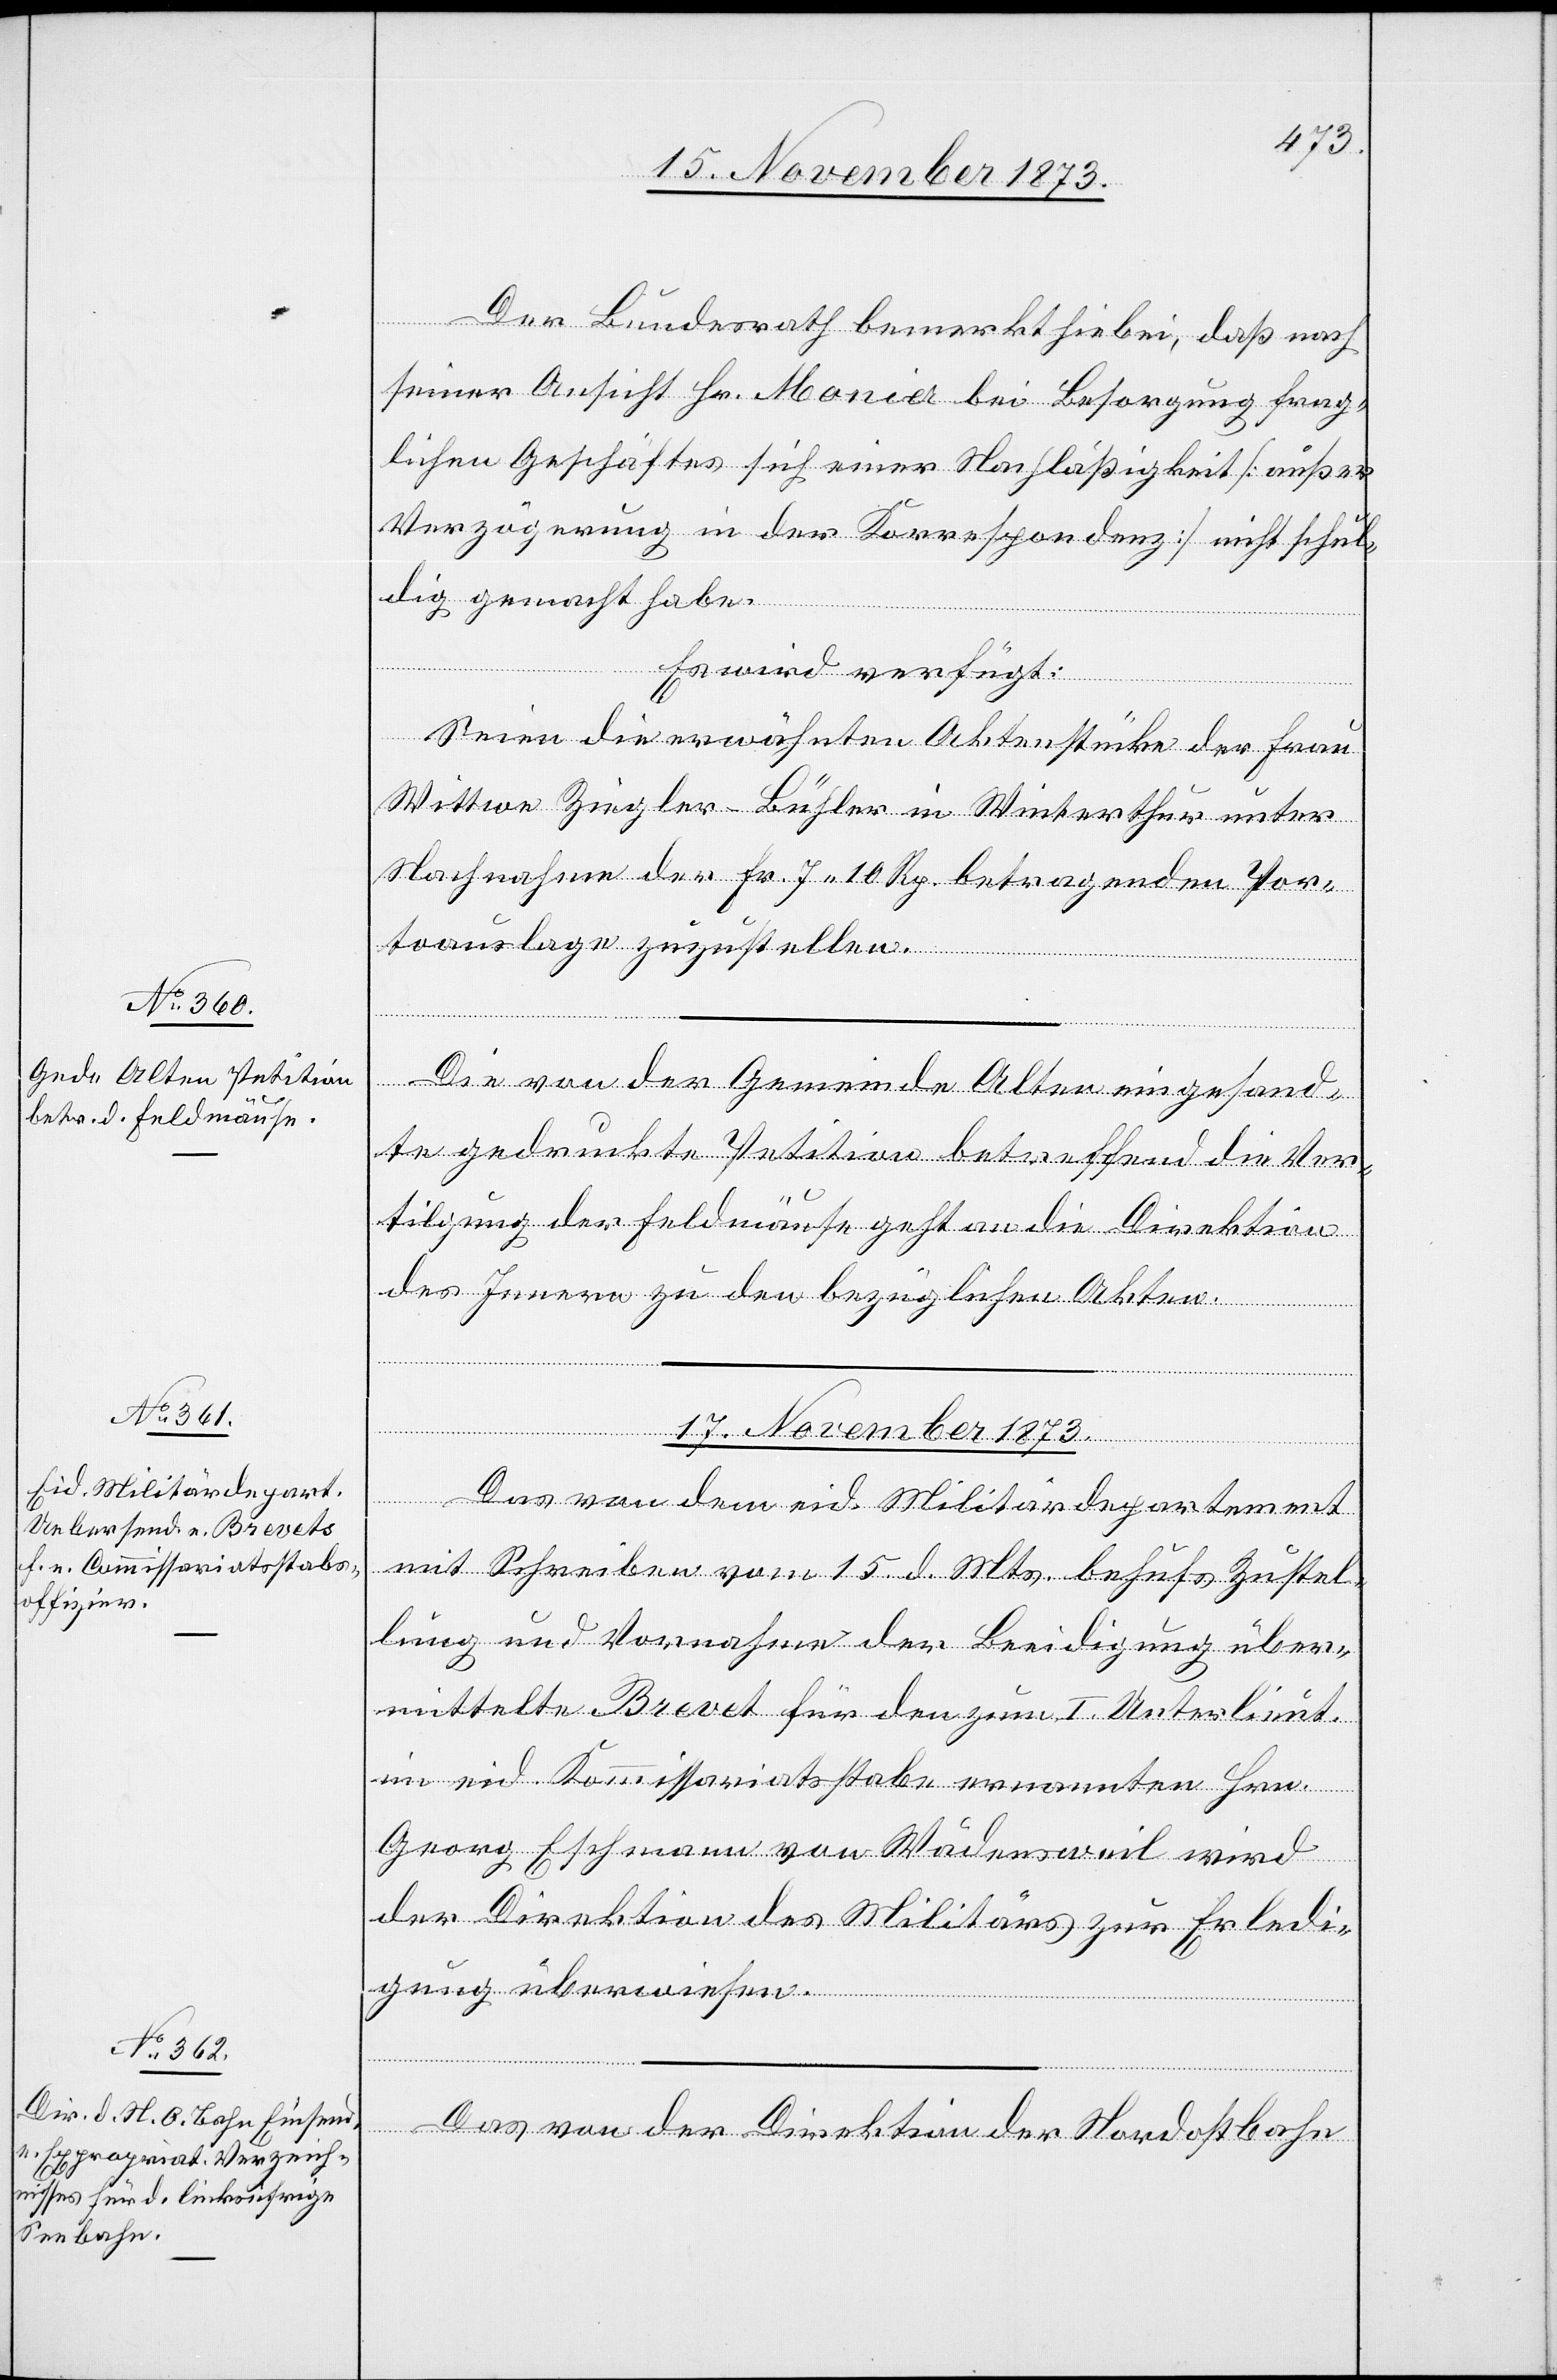
15. November 1873.]
Der Bundesrath bemerkt hiebei, daß nach
seiner Ansicht Hr. Monier bei Besorgung frag¬
lichen Geschäftes sich einer Nachläßigkeit [außer
Verzögerung in der Korrespondenz] nicht schul¬
dig gemacht habe.
Es wird verfügt:
Seien die erwähnten Aktenstücke der Frau
Wittwe Ziegler-Bühler in Winterthur unter
Nachnahme der Fr. 7 10 Rp. betragenden Por¬
toauslage zuzustellen.
Die von der Gemeinde Alten eingesand¬
te gedruckte Petition betreffend die Ver¬
tilgung der Feldmäuse geht an die Direktion
des Innern zu den bezüglichen Akten.
[Präsi¬
l-Verfügungen
17. November 1873.]
Das von dem eid. Militärdepartement
mit Schreiben vom 15. d. Mts. behufs Zustel¬
lung und Vornahme der Beeidigung über¬
mittelte Brevet für den zum I. Unterlieut.
im eid. Kommissariatsstabe ernannten Hrn.
Georg Eschmann von Wädensweil wird
der Direktion des Militärs zur Erledi¬
gung überwiesen.
Das von der Direktion der Nordostbahn